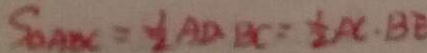
S _ { \Delta A B C } = \frac { 1 } { 2 } A D \cdot B C = \frac { 1 } { 2 } A C \cdot B